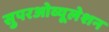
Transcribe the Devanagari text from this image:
सुपरओव्यूलेशन